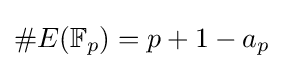
\#E(\mathbb {F} _{p})=p+1-a_{p}